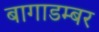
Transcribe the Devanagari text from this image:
बागाडम्बर